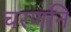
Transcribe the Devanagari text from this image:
चरणनि